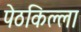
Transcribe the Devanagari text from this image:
पेठकिल्ला